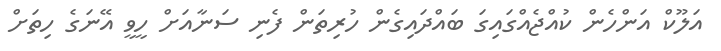
އަލޫކް އަންހެން ކުއްޖެއްގައިގަ ބައްދައިގެން ހުރިތަން ފެނި ސަނާއަށް ހީވީ އޭނަގެ ހިތަށް